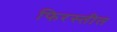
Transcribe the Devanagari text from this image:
फिरस्तीत